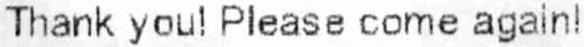
THANK YOU ! PLEASE COME AGAIN!